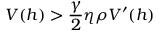
V ( h ) > \frac { \gamma } { 2 } \eta \rho V ^ { \prime } ( h )